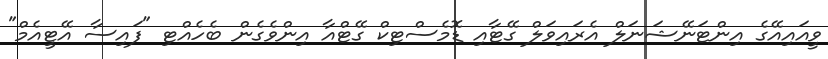
ވީއައިއޭގެ އިންޓަނޭޝަނަލް އެރައިވަލް ގޭޓާއި ޑޮމެސްޓިކް ގޭޓްއާ އިންވެގެން ބެހެއްޓި "ފައިސާ އޭޓީއެމް"